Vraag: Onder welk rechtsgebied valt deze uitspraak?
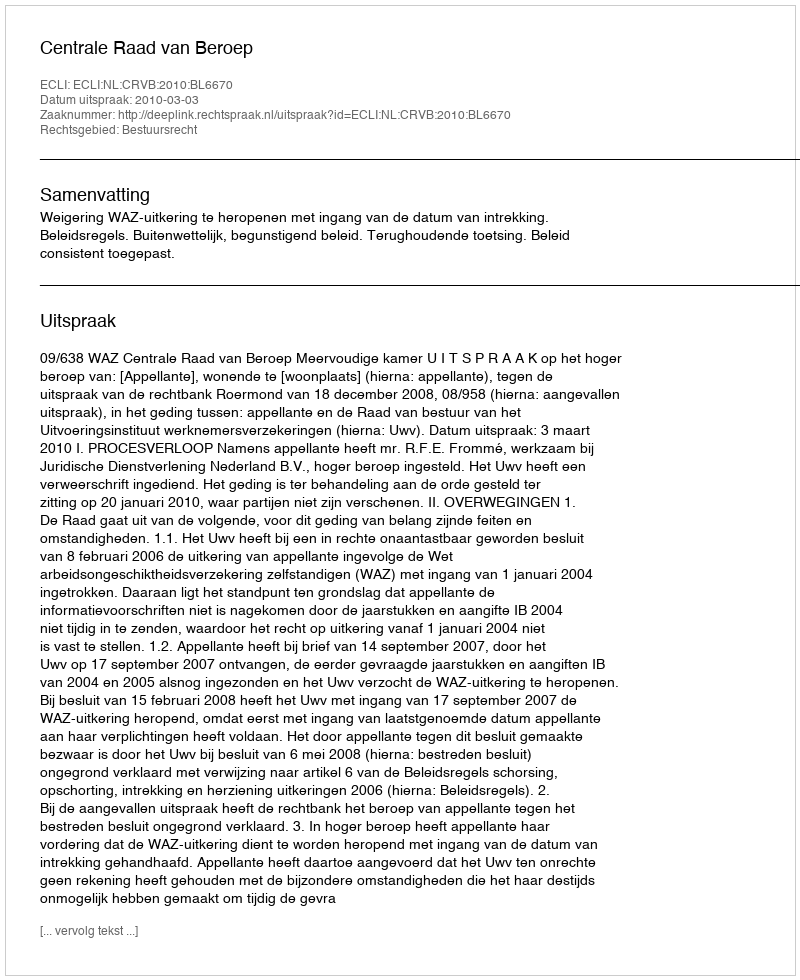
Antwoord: Bestuursrecht